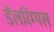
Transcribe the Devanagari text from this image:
डैलरिम्पल